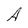
Character: A